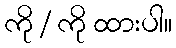
ကို / ကို ထားပါ။